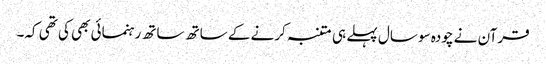
قرآن نے چودہ سو سال پہلے ہی متنبہ کرنے کے ساتھ ساتھ رہنمائی بھی کی تھی کہ۔